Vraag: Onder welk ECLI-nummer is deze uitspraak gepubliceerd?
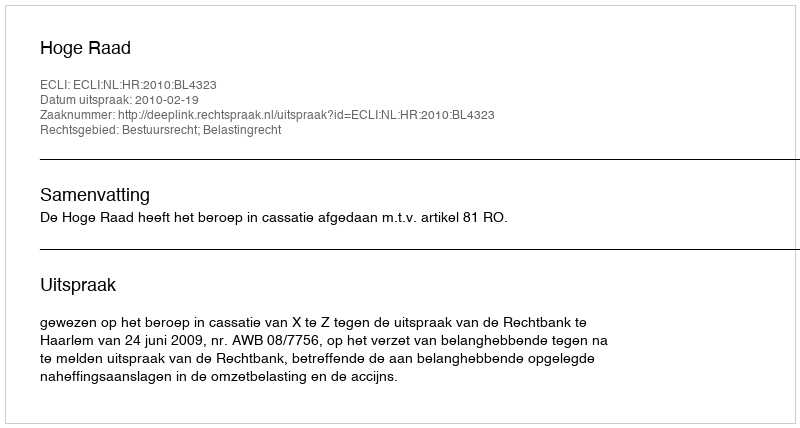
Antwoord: ECLI:NL:HR:2010:BL4323